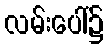
လမ်းပေါ်၌